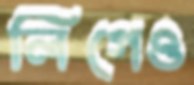
লিগেও